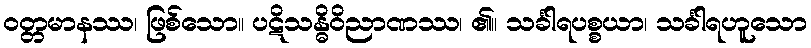
ဝတ္တမာနဿ၊ ဖြစ်သော။ ပဋိသန္ဓိဝိညာဏဿ၊ ၏။ သင်္ခါရပစ္စယာ၊ သင်္ခါရဟူသော